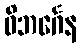
ဝိဘင်္ဂေန